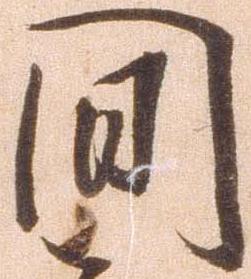
間